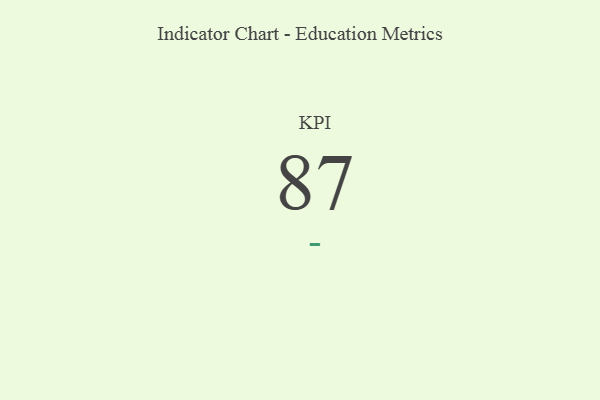
{"axis": {"x": "KPI", "y": "Value"}, "legend": [""], "data": [{"x": "KPI", "y": 87, "type": ""}]}